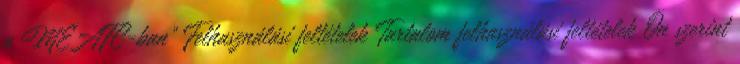
a MEAFC-ban” Felhasználási feltételek Tartalom felhasználási feltételek Ön szerint